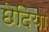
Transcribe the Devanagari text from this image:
छेदिया